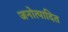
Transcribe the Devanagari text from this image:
जनोत्पादित